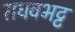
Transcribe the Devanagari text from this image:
राघवभट्ट